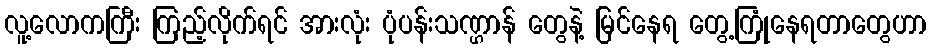
လူ့လောကကြီး ကြည့်လိုက်ရင် အားလုံး ပုံပန်းသဏ္ဌာန် တွေနဲ့ မြင်နေရ တွေ့ကြုံနေရတာတွေဟာ